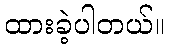
ထားခဲ့ပါတယ်။